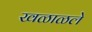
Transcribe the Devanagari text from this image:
खळाळले